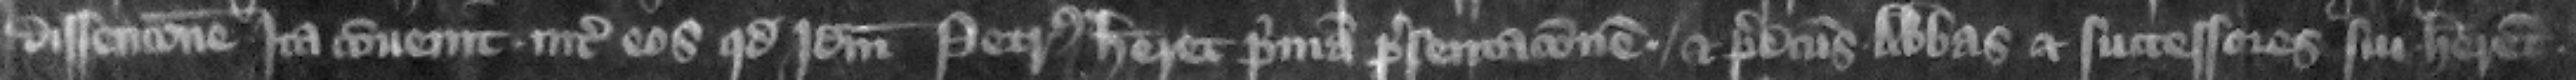
dissencione ita conuenit inter eos. quod idem Petrus haberet primam presentacionem et predicts abbas et successors sui haberent